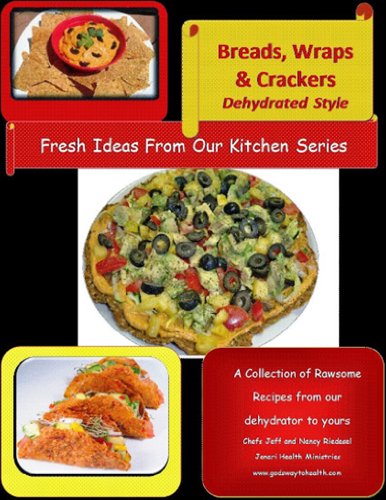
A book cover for Breads, Wraps and Crackers, Dehydrated Style: A Collection  of Rawsome Recipes from Our Dehydrator to Yours (Fresh Ideas From Our Kitchen eBook Series 1); Nancy Riedesel; Cookbooks, Food & Wine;